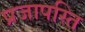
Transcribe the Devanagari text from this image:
प्रजापस्ति